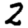
Digit: 2